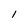
Character: I